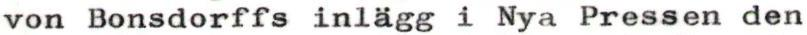
von Bonsdorffs inlägg i Nya Pressen den